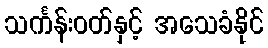
သင်္ကန်းဝတ်နှင့် အသေခံနိုင်